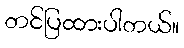
တင်ပြထားပါတယ်။